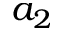
a _ { 2 }